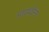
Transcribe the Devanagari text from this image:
मारादोना